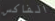
الفاكس